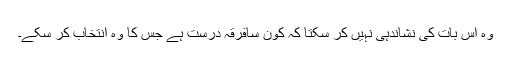
وہ اس بات کی نشاندہی نہیں کر سکتا کہ کون سافرقہ درست ہے جس کا وہ انتخاب کر سکے۔